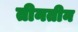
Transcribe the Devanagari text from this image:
तीनतीन